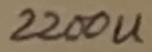
Text: 2200U